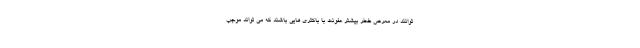
توانند در معرض خطر بیشتر عفونت با باکتری هایی باشند که می تواند موجب